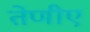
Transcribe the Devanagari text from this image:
तेणीए